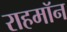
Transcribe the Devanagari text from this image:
राहमॉन